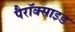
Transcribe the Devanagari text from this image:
पैरॉक्साइड